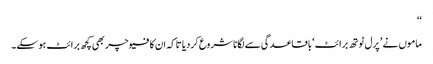
‘‘
ماموں نے ’ پرل ٹوتھ برائٹ‘ باقاعدگی سے لگانا شروع کردیا تاکہ ان کا فیوچر بھی کچھ برائٹ ہوسکے۔